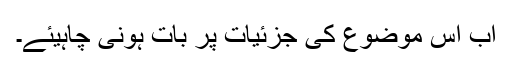
اب اس موضوع کی جزئیات پر بات ہونی چاہیئے۔